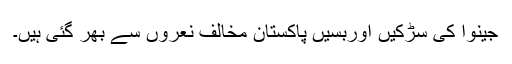
جینوا کی سڑکیں اوربسیں پاکستان مخالف نعروں سے بھر گئی ہیں۔